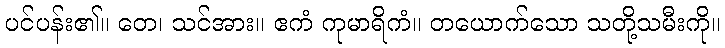
ပင်ပန်း၏။ တေ၊ သင်အား။ ဧကံ ကုမာရိကံ။ တယောက်သော သတို့သမီးကို။